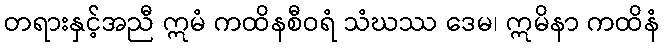
တရားနှင့်အညီ ဣမံ ကထိနစီဝရံ သံဃဿ ဒေမ၊ ဣမိနာ ကထိနံ